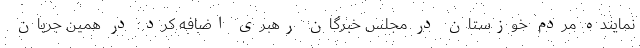
نماینده مردم خوزستان در مجلس خبرگان رهبری اضافه کرد: در همین جریان